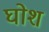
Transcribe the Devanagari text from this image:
घोश